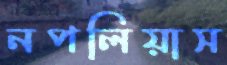
নপলিয়াস